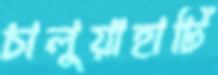
চালুয়াহাটি